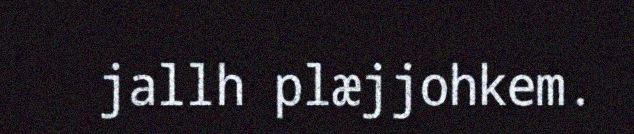
jallh plæjjohkem.